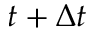
t + \Delta t